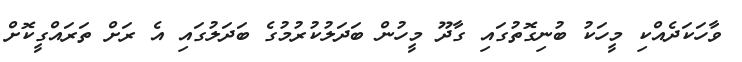
ވާހަކަދެއްކި މީހަކު ބުނިގޮތުގައި ގާދޫ މީހުން ބަދަލުކުރުމުގެ ބަދަލުގައި އެ ރަށް ތަރައްގީކޮށް